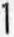
1